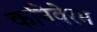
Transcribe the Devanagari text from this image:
कनिवेरम